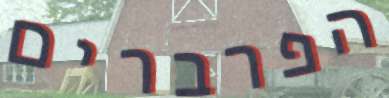
הפרברים